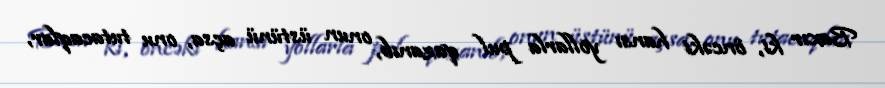
Baxır ki, öncəki hansı yollarla pul qazanıb, onun üstünü açsa, onu tutacaqlar,